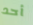
أحد